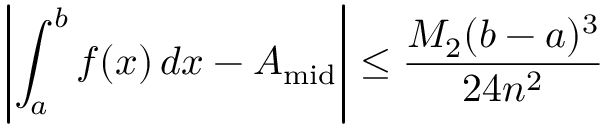
\left\vert \int _ { a } ^ { b } f ( x ) \, d x - A _ { \mathrm { m i d } } \right\vert \leq { \frac { M _ { 2 } ( b - a ) ^ { 3 } } { 2 4 n ^ { 2 } } }